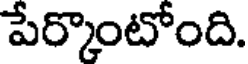
పేర్కొంటోంది.